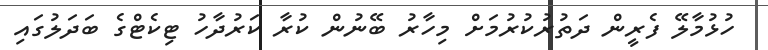
ހުޅުމާލޭ ފެރީން ދަތުރުކުރުމަށް މިހާރު ބޭނުން ކުރާ ކަރުދާހު ޓިކެޓްގެ ބަދަލުގައި